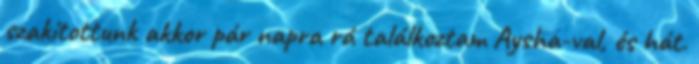
szakítottunk akkor pár napra rá találkoztam Aysha-val, és hát.